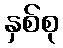
နှစ်စု